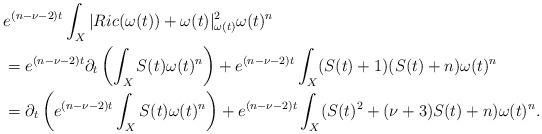
LaTeX: \begin{align*}&e^{(n-\nu-2)t}\int_X|Ric(\omega(t))+\omega(t)|^2_{\omega(t)}\omega(t)^n\\&=e^{(n-\nu-2)t}\partial_t\left(\int_XS(t)\omega(t)^n\right)+e^{(n-\nu-2)t}\int_X(S(t)+1)(S(t)+n)\omega(t)^n\\&=\partial_t\left(e^{(n-\nu-2)t}\int_XS(t)\omega(t)^n\right)+e^{(n-\nu-2)t}\int_X(S(t)^2+(\nu+3)S(t)+n)\omega(t)^n.\end{align*}